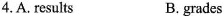
4.A. Results B. grades